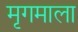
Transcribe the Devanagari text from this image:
मृगमाला